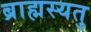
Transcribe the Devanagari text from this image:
ब्राह्मस्यतु